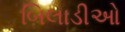
બિલાડીઓ